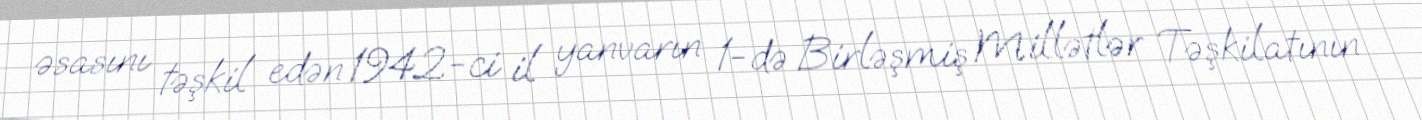
əsasını təşkil edən 1942-ci il yanvarın 1-də Birləşmiş Millətlər Təşkilatının